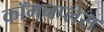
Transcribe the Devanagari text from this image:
कॉमनप्लेस